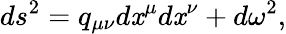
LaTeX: ds^{2}=q_{\mu\nu}d\mathit{x}^{\mu}d\mathit{x}^{\nu}+d\omega^{2},